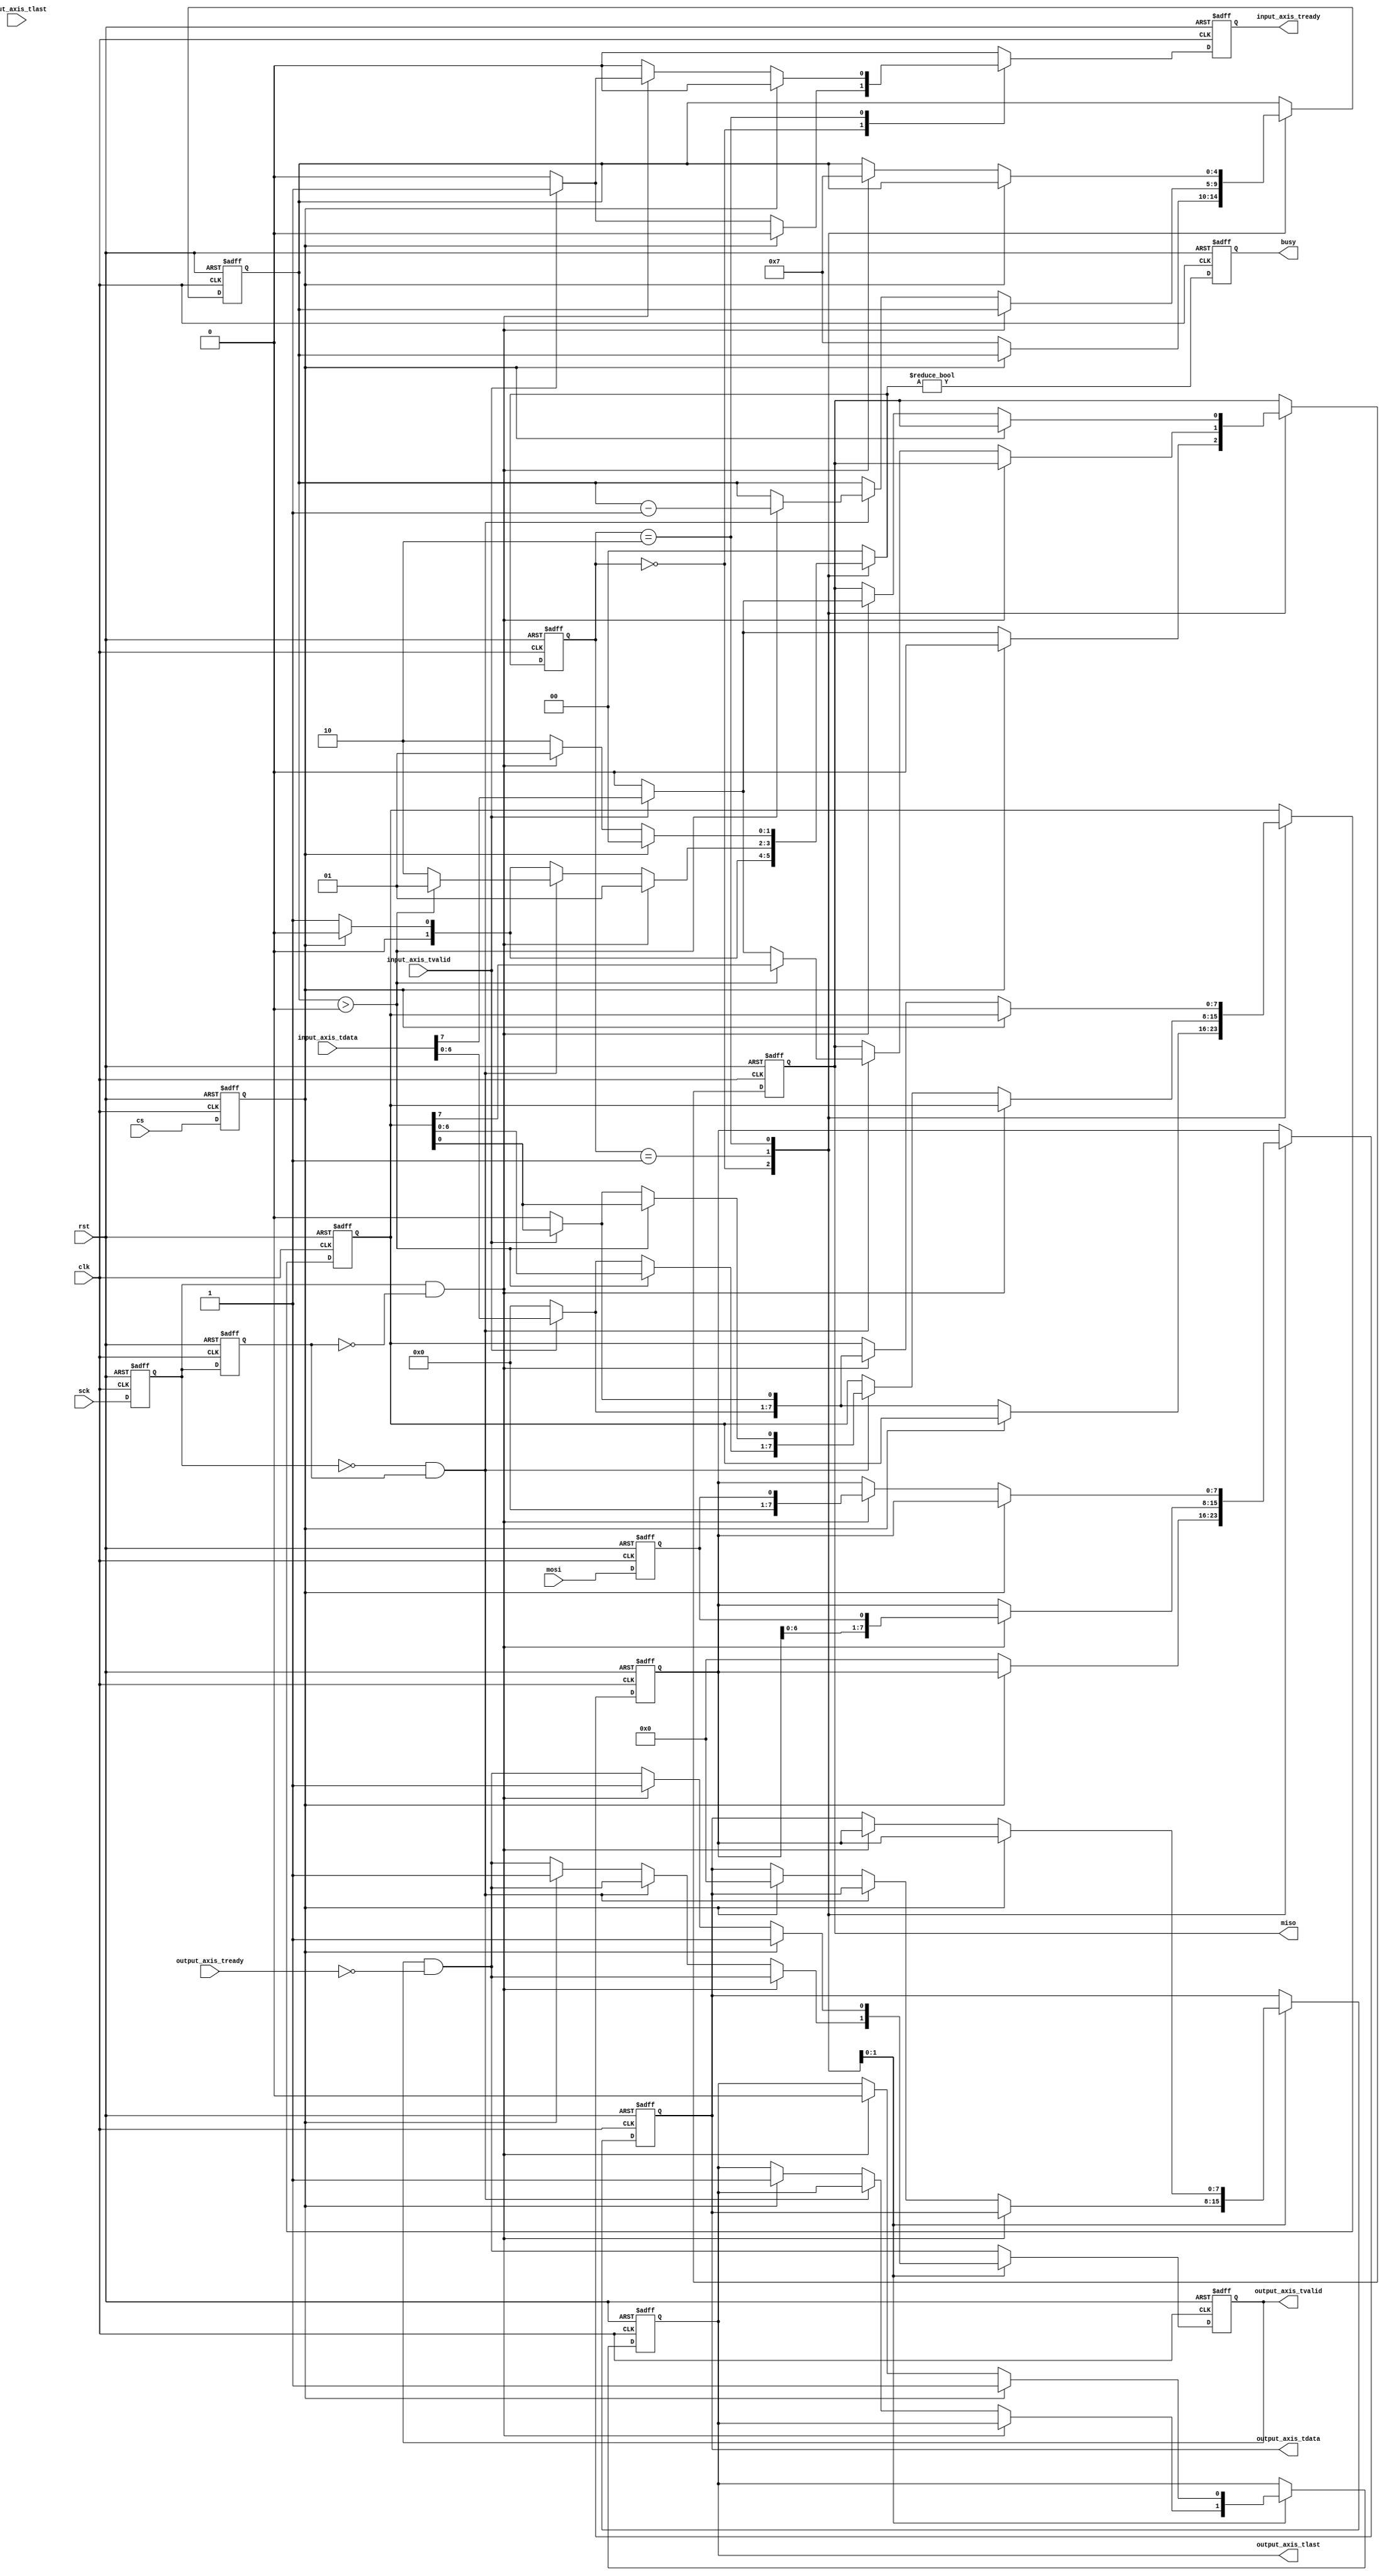
module axis_spi_slave #
(
    parameter DATA_WIDTH = 8
)
(
    input  wire                   clk,
    input  wire                   rst,

    /*
     * AXI input
     */
    input  wire [DATA_WIDTH-1:0]  input_axis_tdata,
    input  wire                   input_axis_tvalid,
    output wire                   input_axis_tready,
    input  wire                   input_axis_tlast,

    /*
     * AXI output
     */
    output wire [DATA_WIDTH-1:0]  output_axis_tdata,
    output wire                   output_axis_tvalid,
    input  wire                   output_axis_tready,
    output wire                   output_axis_tlast,

    /*
     * SPI interface
     */
    input  wire                   cs,
    input  wire                   sck,
    input  wire                   mosi,
    output wire                   miso,

    /*
     * Status
     */
    output wire                   busy
);

// state register
localparam [1:0]
    STATE_IDLE = 2'd0,
    STATE_TRANSFER = 2'd1,
    STATE_WAIT = 2'd2;

reg [1:0] state_reg = STATE_IDLE, state_next;

reg [DATA_WIDTH-1:0] tx_data_reg = 0, tx_data_next;
reg [DATA_WIDTH-1:0] rx_data_reg = 0, rx_data_next;
reg [4:0] bit_cnt_reg = 0, bit_cnt_next;

reg input_axis_tready_reg = 0, input_axis_tready_next;

reg [DATA_WIDTH-1:0] output_axis_tdata_reg = 0, output_axis_tdata_next;
reg output_axis_tvalid_reg = 0, output_axis_tvalid_next;
reg output_axis_tlast_reg = 0, output_axis_tlast_next;

reg cs_reg = 1;
reg sck_reg = 0;
reg mosi_reg = 0;

reg miso_reg = 0, miso_next;

reg busy_reg = 0;

assign input_axis_tready = input_axis_tready_reg;

assign output_axis_tdata = output_axis_tdata_reg;
assign output_axis_tvalid = output_axis_tvalid_reg;
assign output_axis_tlast = output_axis_tlast_reg;

assign miso = miso_reg;

assign busy = busy_reg;

reg sck_last_reg = 0;
wire sck_posedge = sck_reg & !sck_last_reg;
wire sck_negedge = !sck_reg & sck_last_reg;

always @* begin
    state_next = 0;

    tx_data_next = tx_data_reg;
    rx_data_next = rx_data_reg;

    bit_cnt_next = bit_cnt_reg;

    input_axis_tready_next = 0;

    output_axis_tdata_next = output_axis_tdata_reg;
    output_axis_tvalid_next = output_axis_tvalid_reg & ~output_axis_tready;
    output_axis_tlast_next = output_axis_tlast_reg;

    miso_next = miso_reg;

    case (state_reg)
        STATE_IDLE: begin
            if (cs_reg) begin
                // cs deasserted
                miso_next = 0;
                state_next = STATE_IDLE;
            end else begin
                // cs asserted - start of frame
                if (input_axis_tvalid) begin
                    // input data valid, read it in
                    {miso_next, tx_data_next[DATA_WIDTH-1:1]} = input_axis_tdata;
                    input_axis_tready_next = 1;
                end else begin
                    // input data not valid, send filler
                    miso_next = 0;
                    tx_data_next = 0;
                end
                rx_data_next = 0;
                bit_cnt_next = DATA_WIDTH-1;
                state_next = STATE_TRANSFER;
            end
        end
        STATE_TRANSFER: begin
            if (sck_posedge) begin
                // rising sck edge, read mosi
                rx_data_next = {rx_data_reg[DATA_WIDTH-2:0], mosi_reg};
                state_next = STATE_TRANSFER;
            end else if (sck_negedge) begin
                // falling sck edge, write miso
                if (bit_cnt_reg > 0) begin
                    // not last edge, pull from buffer
                    {miso_next, tx_data_next[DATA_WIDTH-1:1]} = tx_data_reg;
                    bit_cnt_next = bit_cnt_reg - 1;
                    state_next = STATE_TRANSFER;
                end else begin
                    // last falling edge, look ahead
                    if (input_axis_tvalid) begin
                        // grab next bit from buffer if available
                        {miso_next, tx_data_next[DATA_WIDTH-1:1]} = input_axis_tdata;
                    end else begin
                        // otherwise send filler
                        miso_next = 0;
                        tx_data_next = 0;
                    end
                    // wait for next event (don't know if end of frame yet)
                    state_next = STATE_WAIT;
                end
            end else if (cs_reg) begin
                // premature end of frame
                output_axis_tdata_next = 0;
                output_axis_tvalid_next = 1;
                output_axis_tlast_next = 1;
                state_next = STATE_IDLE;
            end else begin
                state_next = STATE_TRANSFER;
            end
        end
        STATE_WAIT: begin
            if (cs_reg) begin
                // end of frame, transfer out
                output_axis_tdata_next = rx_data_reg;
                output_axis_tvalid_next = 1;
                output_axis_tlast_next = 1;
                state_next = STATE_IDLE;
            end else if (sck_posedge) begin
                // continuing frame, transfer out
                output_axis_tdata_next = rx_data_reg;
                output_axis_tvalid_next = 1;
                output_axis_tlast_next = 0;
                // read in new byte
                if (input_axis_tvalid) begin
                    {miso_next, tx_data_next[DATA_WIDTH-1:1]} = input_axis_tdata;
                    input_axis_tready_next = 1;
                end else begin
                    miso_next = 0;
                    tx_data_next = 0;
                end
                rx_data_next = mosi_reg;
                bit_cnt_next = DATA_WIDTH-1;
                state_next = STATE_TRANSFER;
            end else begin
                state_next = STATE_WAIT;
            end
        end
    endcase
end

always @(posedge clk or posedge rst) begin
    if (rst) begin
        state_reg <= STATE_IDLE;
        tx_data_reg <= 0;
        rx_data_reg <= 0;
        bit_cnt_reg <= 0;
        cs_reg <= 1;
        sck_reg <= 0;
        mosi_reg <= 0;
        sck_last_reg <= 0;
        input_axis_tready_reg <= 0;
        output_axis_tdata_reg <= 0;
        output_axis_tvalid_reg <= 0;
        output_axis_tlast_reg <= 0;
        miso_reg <= 0;
        busy_reg <= 0;
    end else begin
        state_reg <= state_next;

        tx_data_reg <= tx_data_next;
        rx_data_reg <= rx_data_next;

        bit_cnt_reg <= bit_cnt_next;

        cs_reg <= cs;
        sck_reg <= sck;
        mosi_reg <= mosi;
        sck_last_reg <= sck_reg;

        input_axis_tready_reg <= input_axis_tready_next;

        output_axis_tdata_reg <= output_axis_tdata_next;
        output_axis_tvalid_reg <= output_axis_tvalid_next;
        output_axis_tlast_reg <= output_axis_tlast_next;

        miso_reg <= miso_next;
        
        busy_reg <= state_next != STATE_IDLE;
    end
end

endmodule